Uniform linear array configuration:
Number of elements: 4
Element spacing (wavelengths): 0.25
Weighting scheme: kaiser
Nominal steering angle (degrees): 45
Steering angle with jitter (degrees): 44.194
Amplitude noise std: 0.05
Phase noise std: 0.05

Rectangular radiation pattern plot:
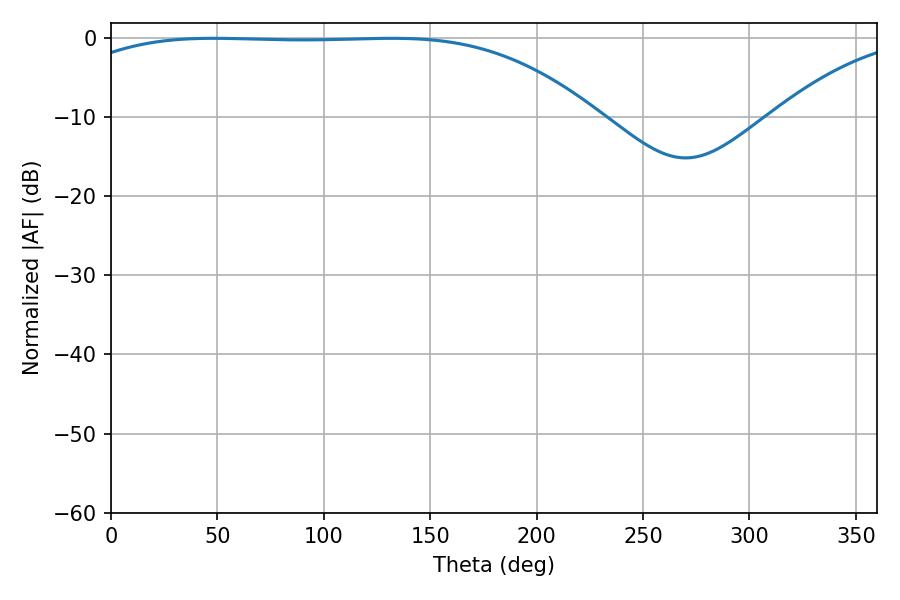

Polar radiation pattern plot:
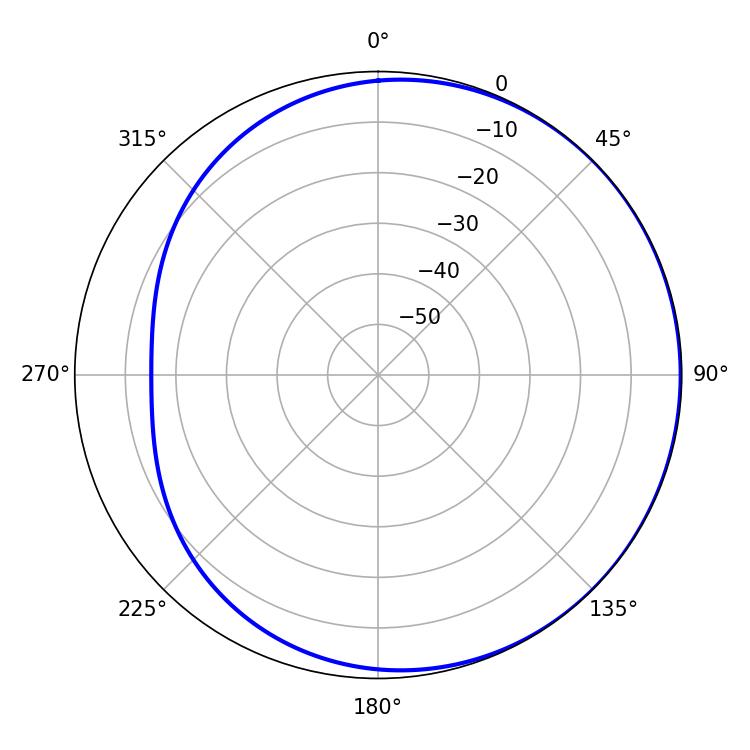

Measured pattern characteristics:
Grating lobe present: FALSE
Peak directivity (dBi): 0.7766
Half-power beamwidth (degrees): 191.52
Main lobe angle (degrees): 48.06